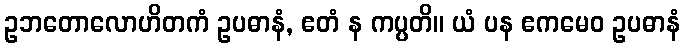
ဥဘတောလောဟိတကံ ဥပဓာနံ, ဧတံ န ကပ္ပတိ။ ယံ ပန ဧကမေဝ ဥပဓာနံ